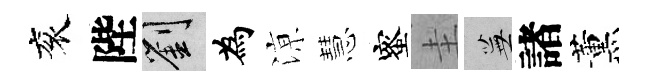
衮陛劉為鿌慧蜜圭蕪諸薰